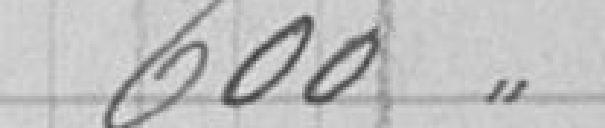
600